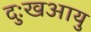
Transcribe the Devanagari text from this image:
दुःखआयु